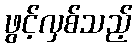
ဖွင့်လှစ်သည့်